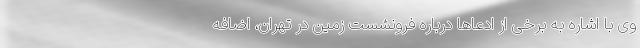
وی با اشاره به برخی از ادعاها درباره فرونشست زمین در تهران، اضافه